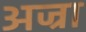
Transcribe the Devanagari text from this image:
अज्रा